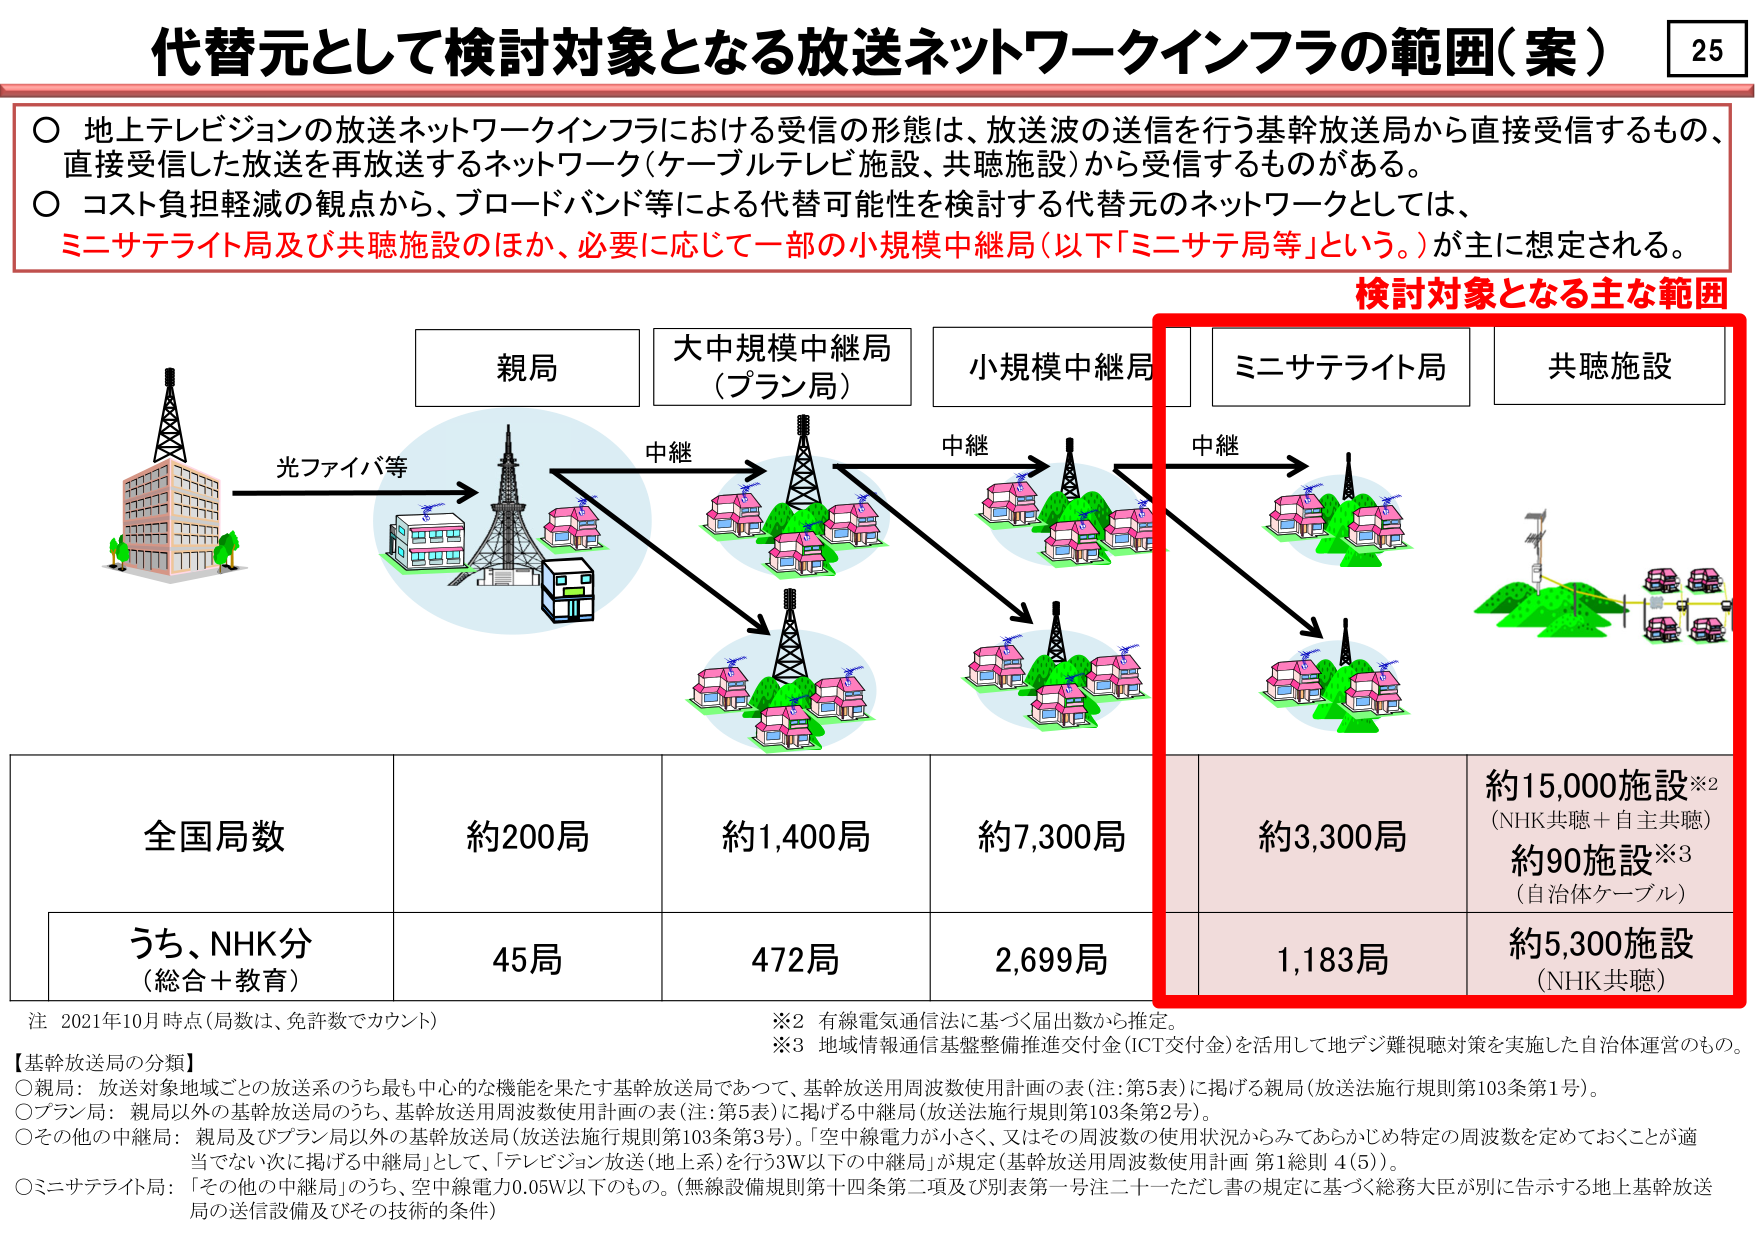
代替元として検討対象となる放送ネットワークインフラの範囲（案） 25

○ 地上テレビジョンの放送ネットワークインフラにおける受信の形態は、放送波の送信を行う基幹放送局から直接受信するもの、直接受信した放送を再放送するネットワーク（ケーブルテレビ施設、共聴施設）から受信するものがある。
○ コスト負担軽減の観点から、ブロードバンド等による代替可能性を検討する代替元のネットワークとしては、ミニサテライト局及び共聴施設のほか、必要に応じて一部の小規模中継局（以下「ミニサテ局等」という。）が主に想定される。

検討対象となる主な範囲

親局
大中規模中継局（プラン局）
小規模中継局
ミニサテライト局
共聴施設

光ファイバ等
中継
中継
中継

全国局数
約200局
約1,400局
約7,300局
約3,300局
約15,000施設※2
（NHK共聴＋自主共聴）
約90施設※3
（自治体ケーブル）

うち、NHK分（総合＋教育）
45局
472局
2,699局
1,183局
約5,300施設
（NHK共聴）

注 2021年10月時点（局数は、免許数でカウント）
※2 有線電気通信法に基づく届出数から推定。
※3 地域情報通信基盤整備推進交付金（ICT交付金）を活用して地デジ離視聴対策を実施した自治体運営のもの。

【基幹放送局の分類】
○親局：放送対象地域ごとの放送系のうち最も中心的な機能を果たす基幹放送局であって、基幹放送周波数使用計画の表（注：第5表）に掲げる親局（放送法施行規則第103条第1号）。
○プラン局：親局以外の基幹放送局のうち、基幹放送周波数使用計画の表（注：第5表）に掲げる中継局（放送法施行規則第103条第2号）。
○その他の中継局：親局及びプラン局以外の基幹放送局（放送法施行規則第103条第3号）。「空中線電力が小さく、又はその周波数の使用状況からみてあらかじめ特定の周波数を定めておくことが適当でない次に掲げる中継局」として、「テレビジョン放送（地上系）を行う3W以下の中継局」が規定（基幹放送周波数使用計画 第1総則 4(5)）。
○ミニサテライト局：「その他の中継局」のうち、空中線電力0.05W以下のもの。（無線設備規則第十四条第二項及び別表第一号注二十ーただし書の規定に基づく総務大臣が別に告示する地上基幹放送局の送信設備及びその技術的条件）